Leaving Certificate Examination (including Day School Certificate (Higher) General paper), 1928
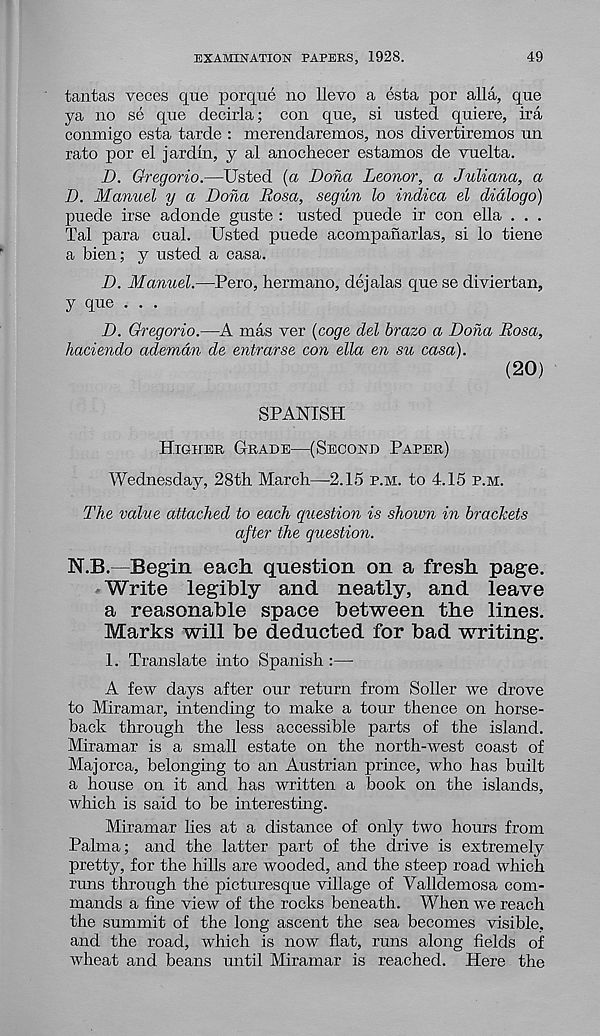
EXAMINATION PAPERS, 1928.
49
tantas voces quo porque no llevo a esta por alia, quo
ya no so quo decirla; con quo, si usted quiere, ira
conmigo esta tarde : merendaremos, nos divertiremos un
rato por el jardm, y al anochecer estamos de vuelta.
D. Gregorio.—Usted (a Dona Leonor, a Juliana, a
D. Manuel y a Dona Rosa, segun lo indica el didlogo)
puede irse adonde guste : usted puede ir con ella . . .
Tal para cual. Usted puede acompanarlas, si lo tiene
a bien; y usted a casa.
D. Manuel.—Pero, hermano, dejalas que se diviertan,
y que . . .
D. Gregorio.—A mas ver {coge del brazo a Dona Rosa,
haciendo ademdn de entrarse con ella en su casa).
(20)
SPANISH
Higher Grade—(Second Paper)
Wednesday, 28th March—2.15 p.m. to 4.15 p.m.
The value attached to each question is shown in brackets
after the question.
N.B.—Begin each question on a fresh page.
Write legibly and neatly, and leave
a reasonable space between the lines.
Marks will be deducted for bad writing.
1. Translate into Spanish :—■
A few days after our return from Seller we drove
to Miramar, intending to make a tour thence on horse-
back through the less accessible parts of the island.
Miramar is a small estate on the north-west coast of
Majorca, belonging to an Austrian prince, who has built
a house on it and has written a book on the islands,
which is said to be interesting.
Miramar lies at a distance of only two hours from
Palma; and the latter part of the drive is extremely
pretty, for the hills are wooded, and the steep road which
runs through the picturesque village of Valldemosa com-
mands a fine view of the rocks beneath. When we reach
the summit of the long ascent the sea becomes visible,
and the road, which is now flat, runs along fields of
wheat and beans until Miramar is reached. Here the